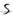
Text: S